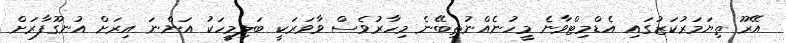
އޭރޫ ތިޔަމަރުކަޒުގައި އެޑްމިޓްވާނެ މީހުނެއްނުތިބޭނެ މިހާރުވެސް ވާވަރަކީ ބަލިމީހަކު އަންނަ އިރަށް އުނގޫފާރަށް